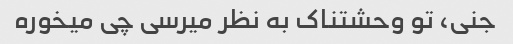
جنی، تو وحشتناک به نظر میرسی چی میخوره